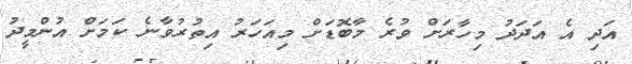
އަދި އެ އަދަދު މިހާރަށް ވުރެ މާބޮޑަށް މިއަހަރު އިތުރުވާނެ ކަމަށް އުންމީދު